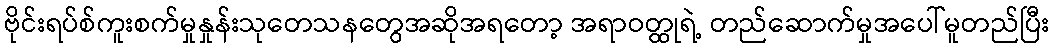
ဗိုင်းရပ်စ်ကူးစက်မှုနှုန်းသုတေသနတွေအဆိုအရတော့ အရာဝတ္ထုရဲ့ တည်ဆောက်မှုအပေါ်မူတည်ပြီး